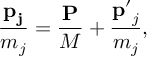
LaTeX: \frac { { \bf p _ { j } } } { m _ { j } } = \frac { { \bf P } } { M } + \frac { { \bf p ^ { \prime } } _ { j } } { m _ { j } } ,